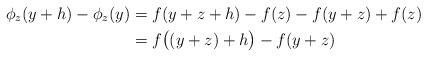
LaTeX: \begin{align*} \phi_z(y+h)-\phi_z(y)&=f(y+z+h)-f(z)-f(y+z)+f(z)\\&=f\big((y+z)+h\big)-f(y+z)\end{align*}